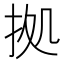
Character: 拠